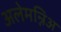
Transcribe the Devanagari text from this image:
अलेमन्निअ